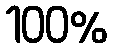
100%